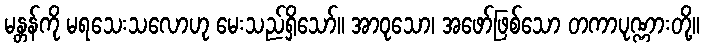
မန္တန်ကို မရသေးသလောဟု မေးသည်ရှိသော်။ အာဝုသော၊ အဖော်ဖြစ်သော တကာပုဏ္ဏားတို့။